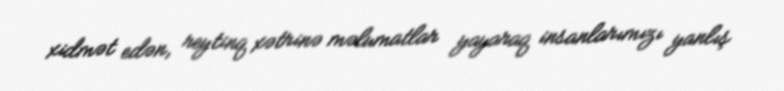
xidmət edən, reytinq xətrinə məlumatlar yayaraq insanlarımızı yanlış